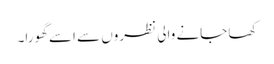
کھا جانے والی نظروں سے اسے گھورا۔